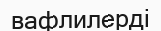
вафлилерді